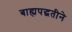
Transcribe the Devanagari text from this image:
बाह्यपद्धतीने